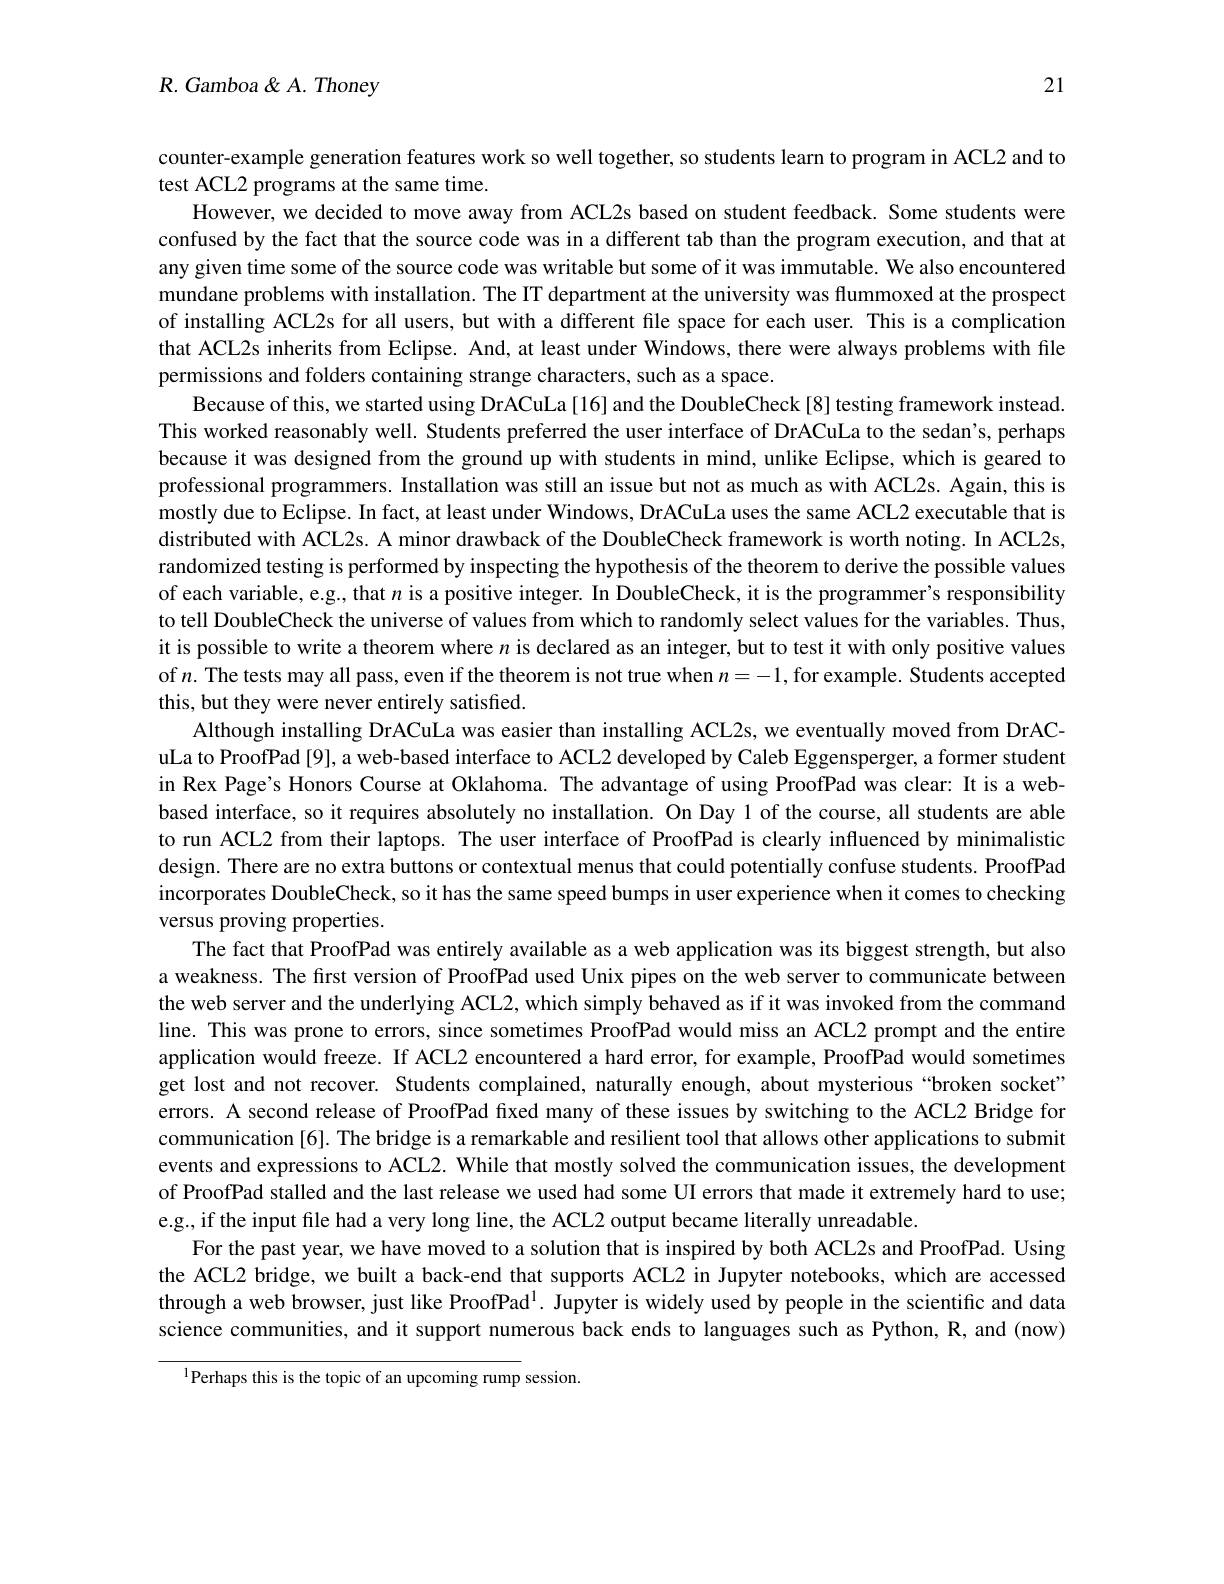
R. Gamboa & A. Thoney

21

counter-example generation features work so well together, so students learn to program in ACL2 and to
test ACL2 programs at the same time.
However, we decided to move away from ACL2s based on student feedback. Some students were confused by the fact that the source code was in a different tab than the program execution, and that at any given time some of the source code was writable but some of it was immutable. We also encountered mundane problems with installation. The IT department at the university was flummoxed at the prospect of installing ACL2s for all users, but with a different file space for each user. This is a complication that ACL2s inherits from Eclipse. And, at least under Windows, there were always problems with file permissions and folders containing strange characters, such as a space.
Because of this, we started using DrACuLa[16] and the DoubleCheck[8] testing framework instead. This worked reasonably well. Students preferred the user interface of DrACuLa to the sedan's, perhaps because it was designed from the ground up with students in mind, unlike Eclipse, which is geared to professional programmers. Installation was still an issue but not as much as with ACL2s. Again, this is mostly due to Eclipse. In fact, at least under Windows, DrACuLa uses the same ACL2 executable that is distributed with ACL2s. A minor drawback of the DoubleCheck framework is worth noting. In ACL2s, randomized testing is performed by inspecting the hypothesis of the theorem to derive the possible values of each variable, e.g., that $n$ is a positive integer. In DoubleCheck, it is the programmer's responsibility to tell DoubleCheck the universe of values from which to randomly select values for the variables. Thus, it is possible to write a theorem where $n$ is declared as an integer, but to test it with only positive values of $n.$ The tests may all pass, even if the theorem is not true when $n=-1$, for example. Students accepted this, but they were never entirely satisfied.
Although installing DrACuLa was easier than installing ACL2s, we eventually moved from DrACuLa to ProofPad [9], a web-based interface to ACL2 developed by Caleb Eggensperger, a former student in Rex Page's Honors Course at Oklahoma. The advantage of using ProofPad was clear: It is a webbased interface, so it requires absolutely no installation. On Day 1 of the course, all students are able to run ACL2 from their laptops. The user interface of ProofPad is clearly influenced by minimalistic design. There are no extra buttons or contextual menus that could potentially confuse students. ProofPad incorporates DoubleCheck, so it has the same speed bumps in user experience when it comes to checking versus proving properties.
The fact that ProofPad was entirely available as a web application was its biggest strength, but also a weakness. The first version of ProofPad used Unix pipes on the web server to communicate between the web server and the underlying ACL2, which simply behaved as if it was invoked from the command line. This was prone to errors, since sometimes ProofPad would miss an ACL2 prompt and the entire application would freeze. If ACL2 encountered a hard error, for example, ProofPad would sometimes get lost and not recover. Students complained, naturally enough, about mysterious “broken socket” errors. A second release of ProofPad fixed many of these issues by switching to the ACL2 Bridge for communication [6]. The bridge is a remarkable and resilient tool that allows other applications to submit events and expressions to ACL2. While that mostly solved the communication issues, the development of ProofPad stalled and the last release we used had some UI errors that made it extremely hard to use; e.g., if the input file had a very long line, the ACL2 output became literally unreadable.
For the past year, we have moved to a solution that is inspired by both ACL2s and ProofPad. Using the ACL2 bridge, we built a back-end that supports ACL2 in Jupyter notebooks, which are accessed through a web browser, just like ProofPad$^{1}$. Jupyter is widely used by people in the scientific and data science communities, and it support numerous back ends to languages such as Python, R, and (now)

$^{1}$Perhaps this is the topic of an upcoming rump session.